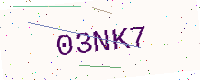
Text: 03NK7